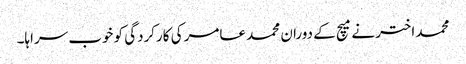
محمد اختر نے میچ کے دوران محمد عامر کی کارکردگی کو خوب سراہا۔